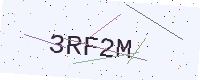
Text: 3RF2M